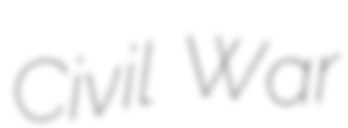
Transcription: Civil War